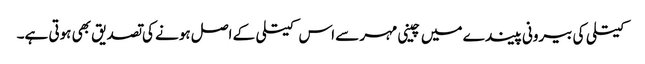
کیتلی کی بیرونی پیندے میں چینی مہر سے اس کیتلی کے اصل ہونے کی تصدیق بھی ہوتی ہے۔